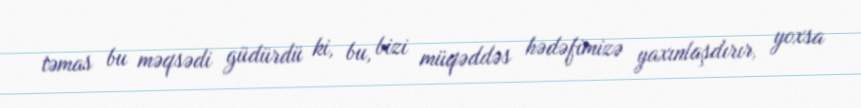
təmas bu məqsədi güdürdü ki, bu, bizi müqəddəs hədəfimizə yaxınlaşdırır, yoxsa